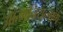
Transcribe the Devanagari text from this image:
आत्मनियन्त्राण